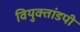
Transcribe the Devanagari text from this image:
वियुक्तांडपी